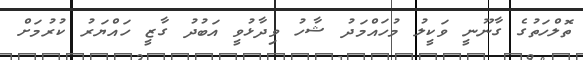
ތޮލްހަތުގެ ގާނޫނީ ވަކީލު މުހައްމަދު ޝާހު ވިދާޅުވީ އަބުދު ގާޒީ ހައްޔަރު ކުރުމަށް